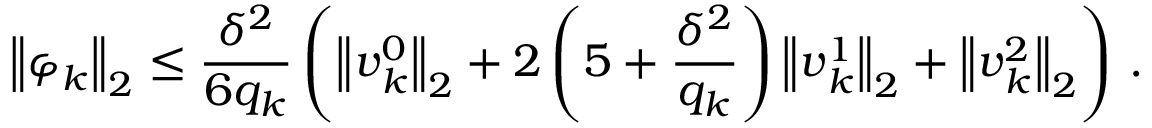
{ \left\| { \boldsymbol { \varphi } } _ { k } \right\| } _ { 2 } \leq \frac { { \delta } ^ { 2 } } { { 6 } { q } _ { k } } \left( { \left\| { \boldsymbol { v } } _ { k } ^ { 0 } \right\| } _ { 2 } + { 2 } \left( 5 + \frac { { \delta } ^ { 2 } } { { q } _ { k } } \right) { \left\| { \boldsymbol { v } } _ { k } ^ { 1 } \right\| } _ { 2 } + { \left\| { \boldsymbol { v } } _ { k } ^ { 2 } \right\| } _ { 2 } \right) \, .